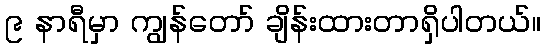
၉ နာရီမှာ ကျွန်တော် ချိန်းထားတာရှိပါတယ်။